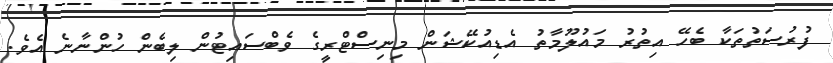
ފުރުސަތުތަކާ ބެހޭ އިތުރު މައުލޫމާތު އެޑިއުކޭޝަން މިނިސްޓްރީގެ ވެބްސައިޓުން ލިބެން ހުންނާނެ އެވެ.